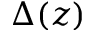
\Delta ( z )